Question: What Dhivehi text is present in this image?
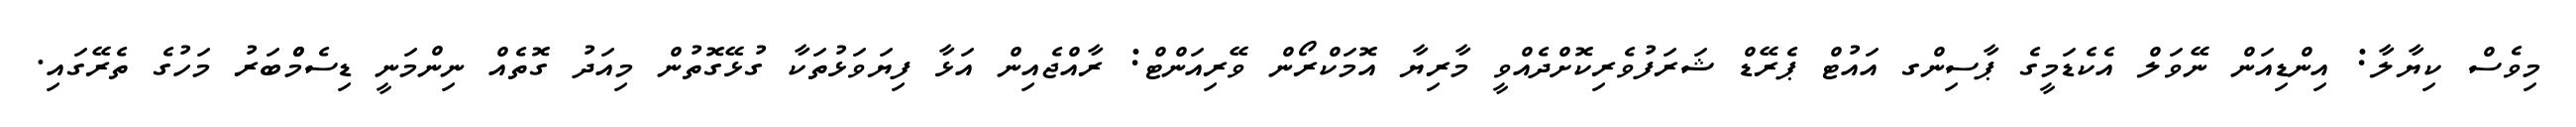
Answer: މިވެސް ކިޔާލާ: އިންޑިއަން ނޭވަލް އެކެޑަމީގެ ޕާސިންގ އައުޓް ޕެރޭޑް ޝަރަފުވެރިކޮށްދެއްވީ މާރިޔާ އޮމަކްރޯން ވޭރިއަންޓް: ރާއްޖެއިން އަޅާ ފިޔަވަޅުތަކާ ގުޅޭގޮތުން މިއަދު ގޮތެއް ނިންމަނީ ޑިސެމްްބަރު މަހުގެ ތެރޭގައި.